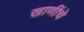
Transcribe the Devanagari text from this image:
खाणींचे